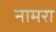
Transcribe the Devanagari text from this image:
नामरा